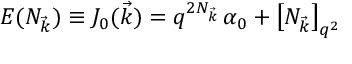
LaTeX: E ( N _ { \vec { k } } ) \equiv J _ { 0 } ( \vec { k } ) = q ^ { 2 N _ { \vec { k } } } \, \alpha _ { 0 } + \left[ N _ { \vec { k } } \right] _ { q ^ { 2 } }